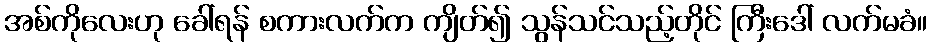
အစ်ကိုလေးဟု ခေါ်ရန် စကားလက်က ကျိတ်၍ သွန်သင်သည့်တိုင် ကြီးဒေါ် လက်မခံ။